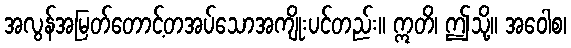
အလွန်အမြတ်တောင့်တအပ်သောအကျိုးပင်တည်း။ ဣတိ၊ ဤသို့။ အဝေါစ၊